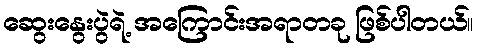
ဆွေးနွေးပွဲရဲ့ အကြောင်းအရာတခု ဖြစ်ပါတယ်။